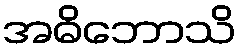
အဓိဘောသိ